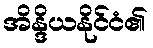
အိန္ဒိယနိုင်ငံ၏